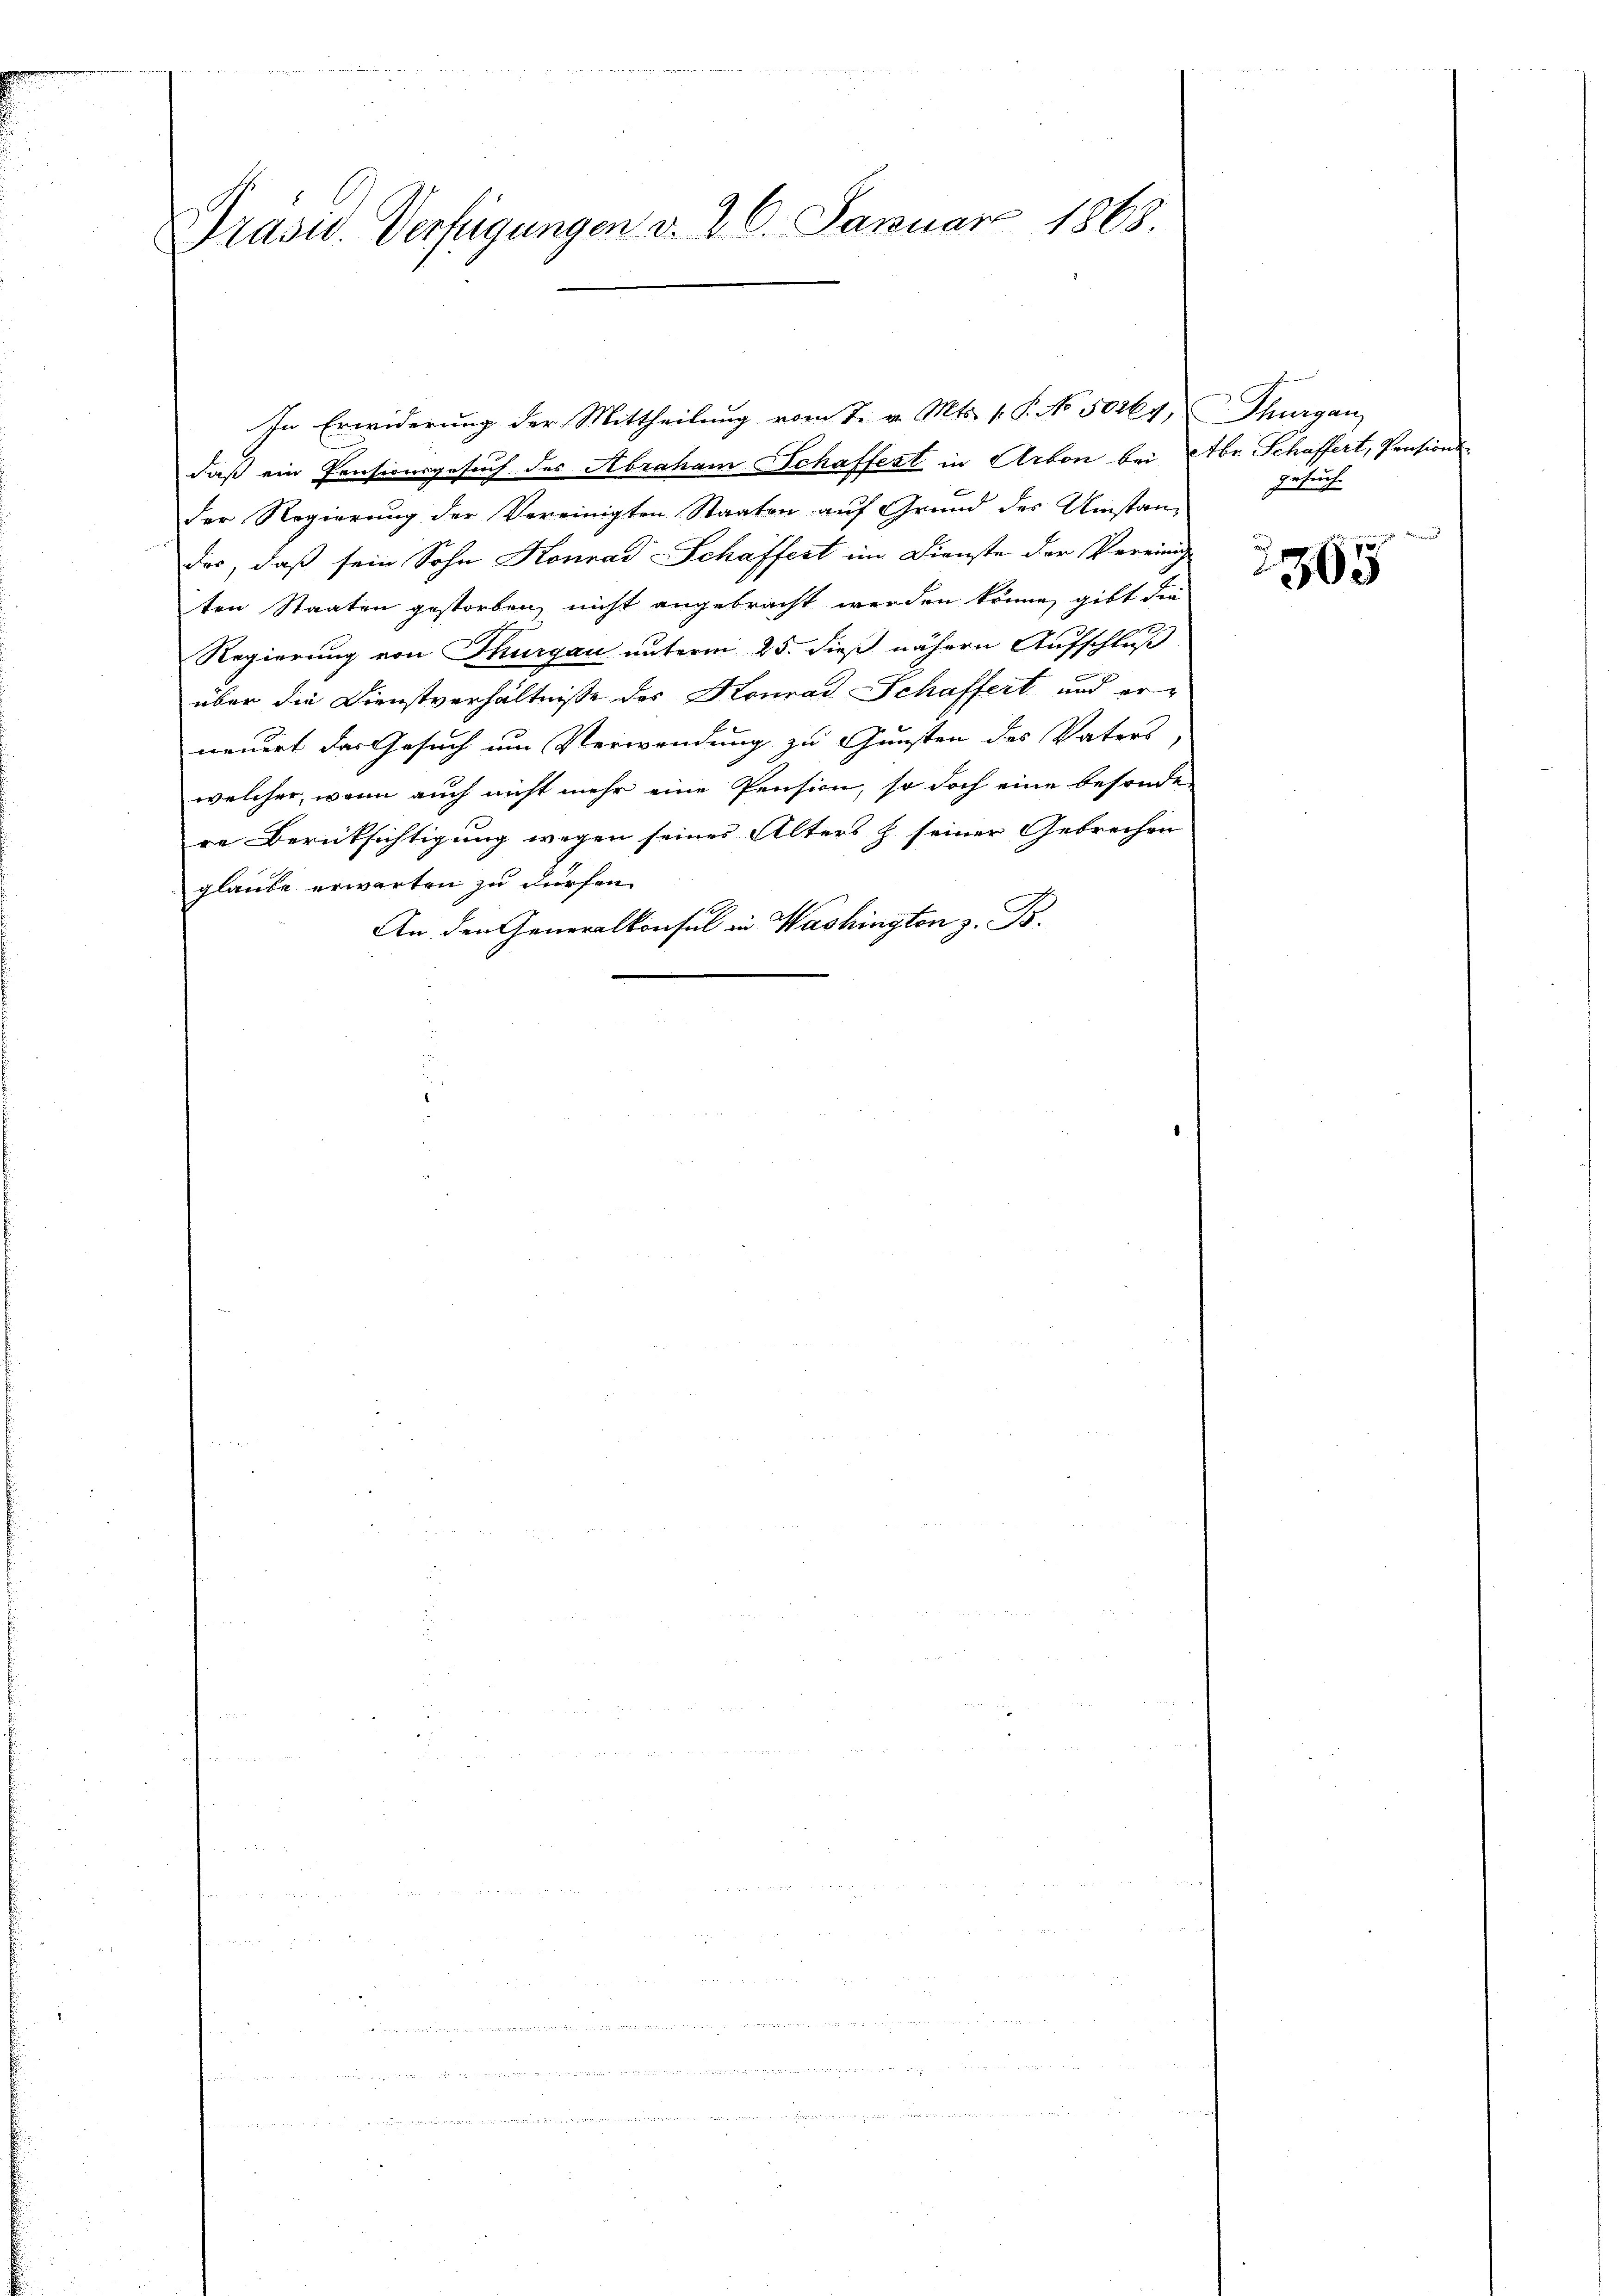
Präsid. Verfügungen d. 26. Januar 1868.

In Erwiderung der Mittheilung vom 7. v. Mts. v. P. No. 50264, Thurgau
daß ein Pensionsgesuch des Abraham Schaffest in Arbon bei Abr. Schaffert, Pensions-
Der Regierung der Vereinigten Staaten auf Grund des Umstander, daß sein Sohn Konrad Schaffert im Dienste der Vereinig
ten Staaten gestorben, nicht angebracht werden könne, gibt die
Regierung von Thurgau unterm 25. dieß nähern Aufschluß
über die Dienstverhältnisse des Konrad Schaffert und erneuert das Gesuch um Verwendung zu Gunsten des Vaters,
welcher, wenn auch nicht mehr eine Pension, so doch eine besonder
re Berüksichtigung wegen seines Alters h seiner Gebrechen
glaube erwarten zu dürfen.
An den Generalkonsul in Washington z. B.

Gesuche

2305